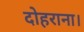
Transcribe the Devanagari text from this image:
दोहराना।